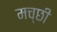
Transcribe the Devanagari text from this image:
मच्छी